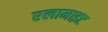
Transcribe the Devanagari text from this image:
एलामाइट